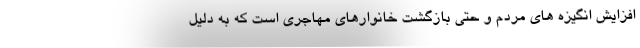
افزایش انگیزه های مردم و حتی بازگشت خانوارهای مهاجری است که به دلیل